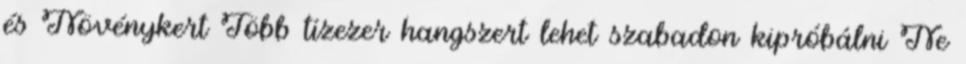
és Növénykert Több tízezer hangszert lehet szabadon kipróbálni Ne